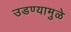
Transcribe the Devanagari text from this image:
उडण्यामुळे